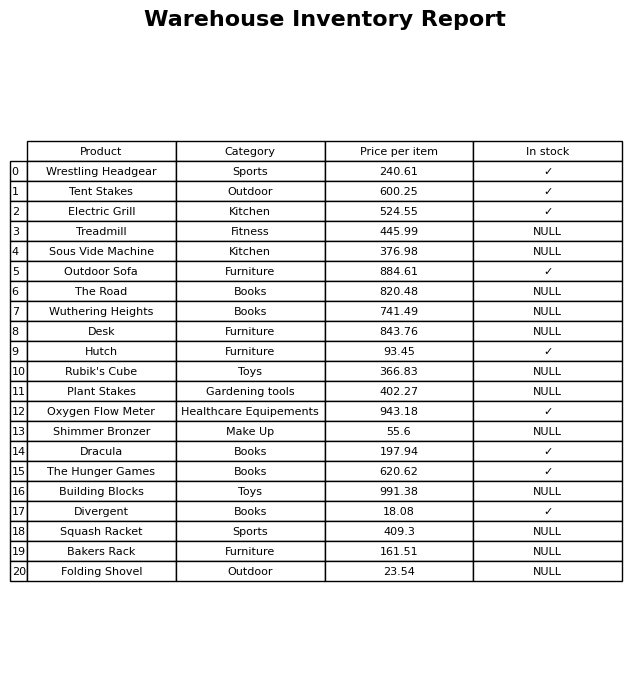
question: What is the price of the Electric Grill?
answer: The price of Electric Grill is 524.55.